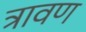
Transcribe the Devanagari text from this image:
त्रावण